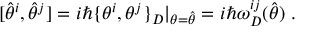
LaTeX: [ \hat { \theta } ^ { i } , \hat { \theta } ^ { j } ] = i \hbar \{ \theta ^ { i } , \theta ^ { j } \} _ { D } \vert _ { \theta = \hat { \theta } } = i \hbar \omega _ { D } ^ { i j } ( \hat { \theta } ) \ .